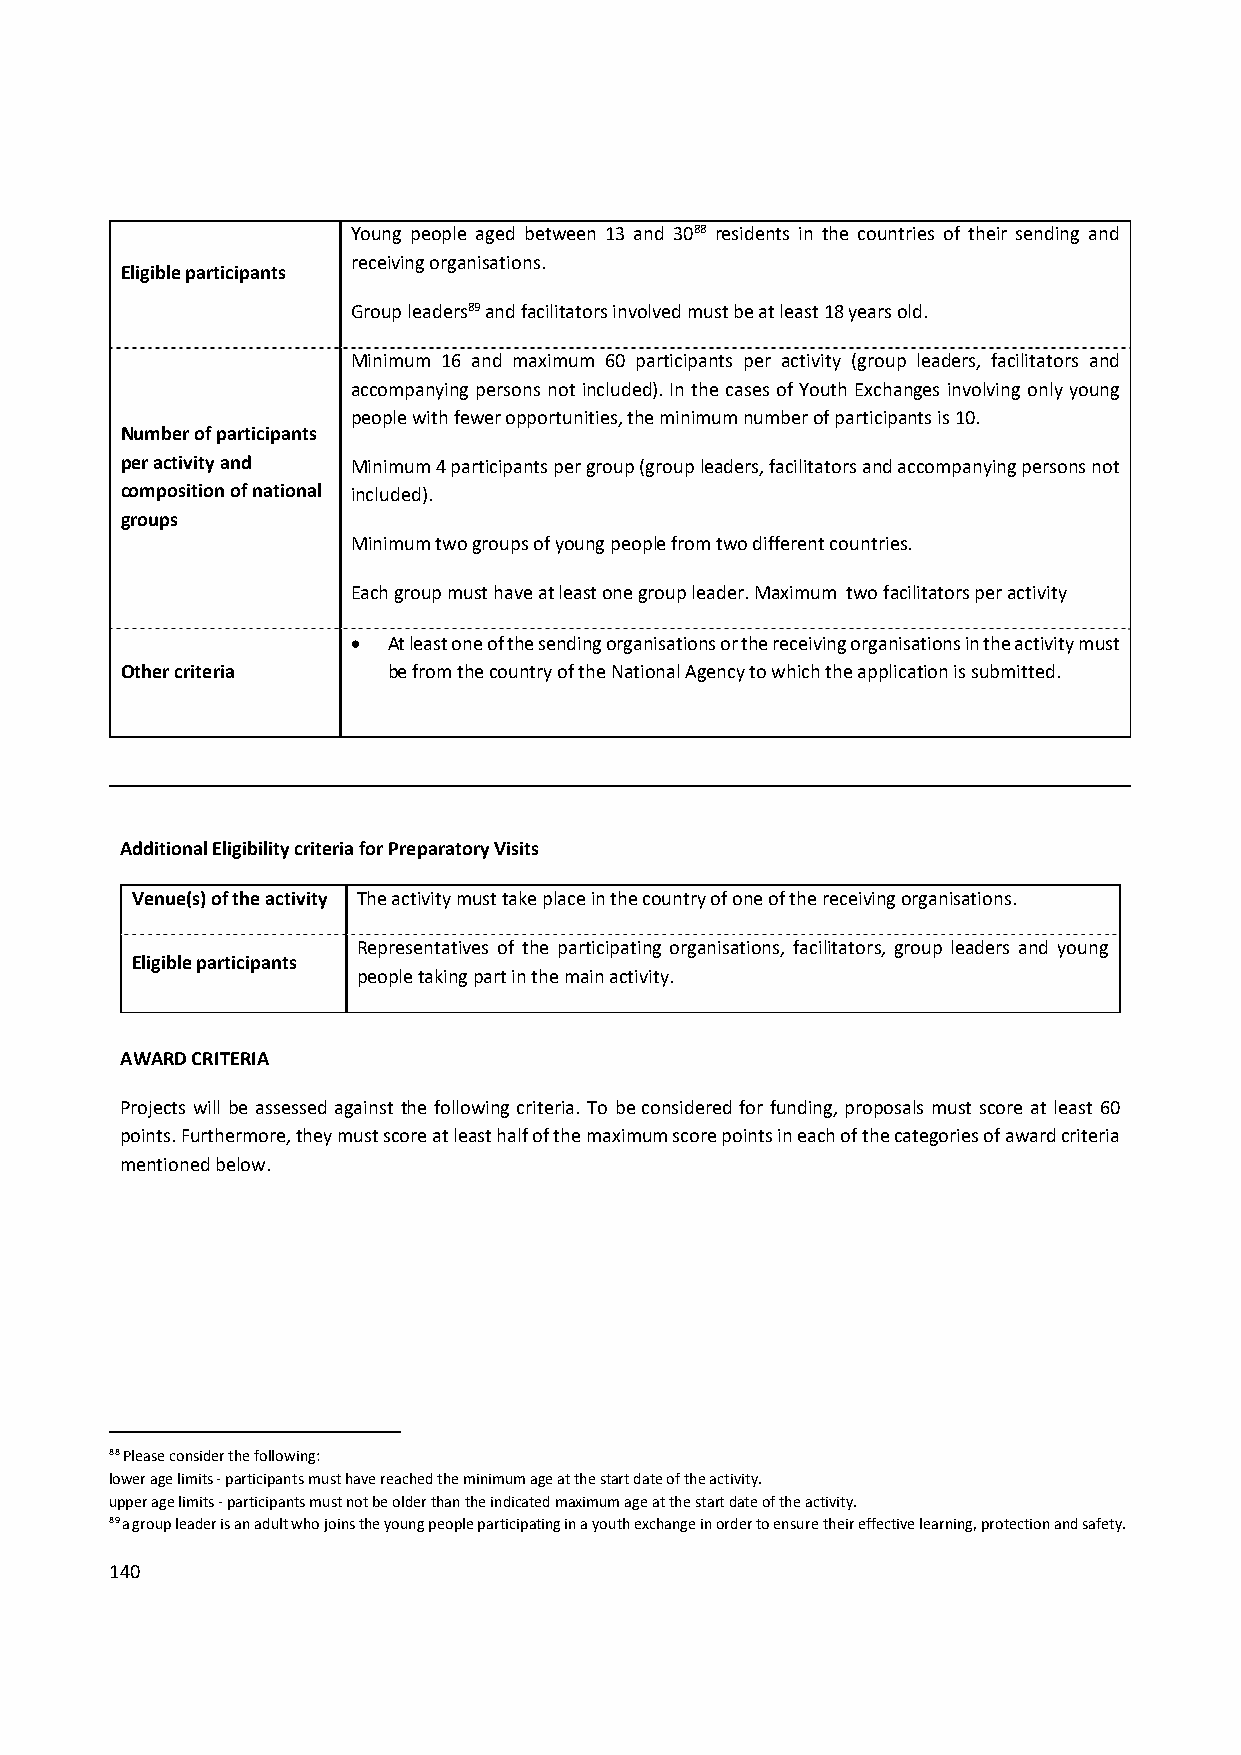
Young people aged between 13 and 3088 residents in the countries of their sending and
 receiving organisations.
 Eligible participants
 Group leaders89 and facilitators involved must be at least 18 years old.
 Minimum 16 and maximum 60 participants per activity (group leaders, facilitators and
 accompanying persons not included). In the cases of Youth Exchanges involving only young
 people with fewer opportunities, the minimum number of participants is 10.
 Number of participants
 per activity and Minimum 4 participants per group (group leaders, facilitators and accompanying persons not
 composition of national included).
 groups
 Minimum two groups of young people from two different countries.
 Each group must have at least one group leader. Maximum two facilitators per activity
   At least one of the sending organisations or the receiving organisations in the activity must
 Other criteria    be from the country of the National Agency to which the application is submitted.
 Additional Eligibility criteria for Preparatory Visits
 Venue(s) of the activity The activity must take place in the country of one of the receiving organisations.
 Representatives of the participating organisations, facilitators, group leaders and young
 Eligible participants
 people taking part in the main activity.
 AWARD CRITERIA
 Projects will be assessed against the following criteria. To be considered for funding, proposals must score at least 60
 points. Furthermore, they must score at least half of the maximum score points in each of the categories of award criteria
 mentioned below.
 88 Please consider the following:
 lower age limits ‐ participants must have reached the minimum age at the start date of the activity.
 upper age limits ‐ participants must not be older than the indicated maximum age at the start date of the activity.
 89 a group leader is an adult who joins the young people participating in a youth exchange in order to ensure their effective learning, protection and safety.
 140